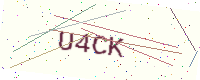
Text: U4CK